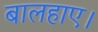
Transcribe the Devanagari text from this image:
बालहाए।